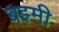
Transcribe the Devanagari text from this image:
बझ्मी